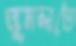
জুমলাতে